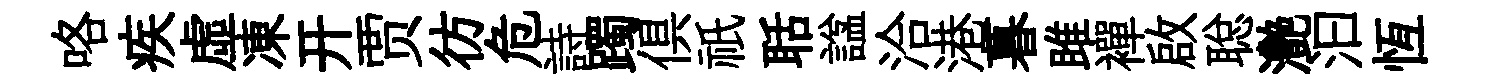
咯疾虛凍开贾彷危詩躅俱祇聒諡洽港暮雎襌啟聪灧汩恆